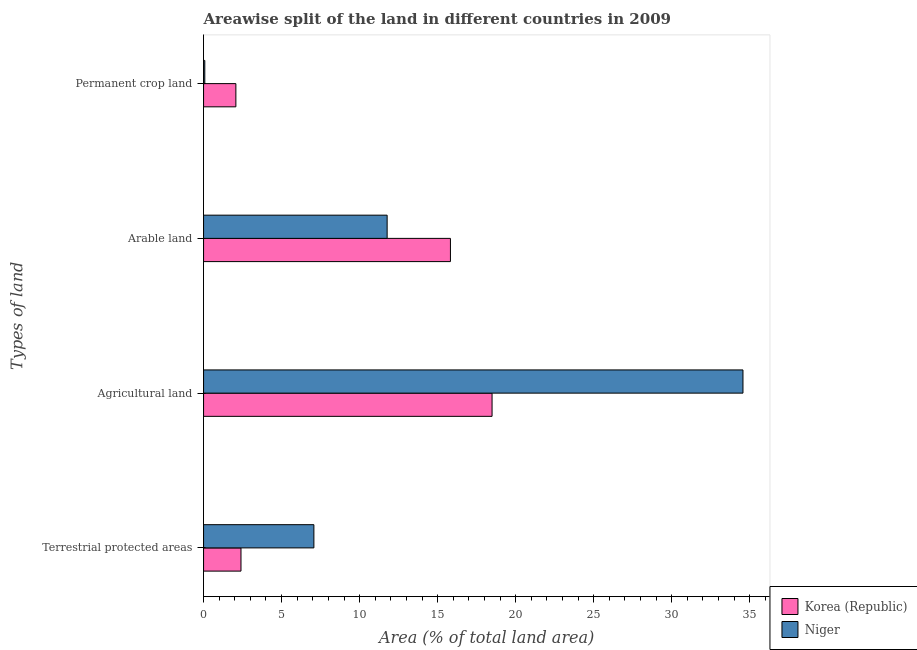
| Types of land | Korea (Republic) | Niger |
 | --- | --- | --- |
 | Terrestrial protected areas | 2.4 | 7.07 |
 | Agricultural land | 18.5 | 34.6 |
 | Arable land | 15.8 | 11.8 |
 | Permanent crop land | 2.07 | 0.0789 |